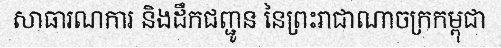
សាធារណការ និងដឹកជញ្ជូន នៃព្រះរាជាណាចក្រកម្ពុជា